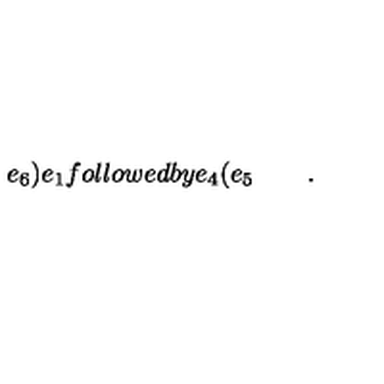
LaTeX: e _ { 6 } \mathbf { ) } e _ { 1 } f o l l o w e d b y e _ { 4 } \mathbf { ( } e _ { 5 } \quad \quad .